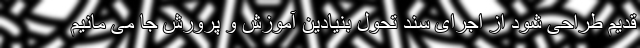
قدیم طراحی شود از اجرای سند تحول بنیادین آموزش و پرورش جا می مانیم